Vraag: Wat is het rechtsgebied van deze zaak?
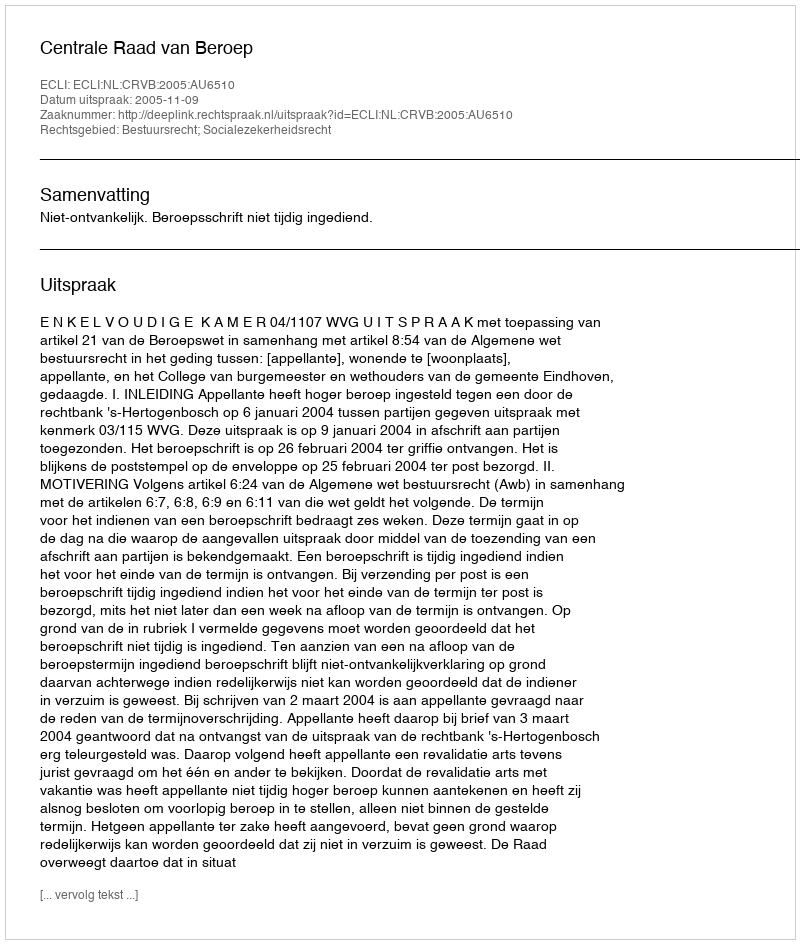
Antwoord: Bestuursrecht; Socialezekerheidsrecht